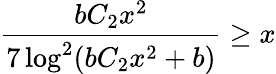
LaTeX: \frac{bC_{2}x^{2}}{7\log^{2}(bC_{2}x^{2}+b)}\geq x